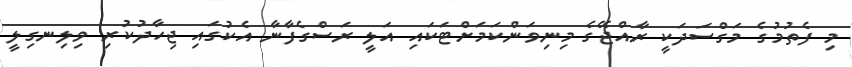
މި ފެތުމުގެ މަގްސަދަކީ ރާއްޖޭގެ މިނިވަންކަމަށްޓަކައި އަލީ ރަސްގެފާނާ އެކުގައި ޖިހާދުކުރި ވިލިނގިލީ